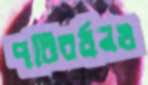
পরিবর্ধনও